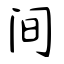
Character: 间